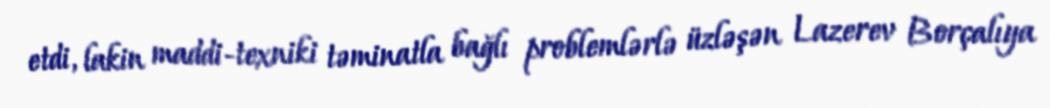
etdi, lakin maddi-texniki təminatla bağlı problemlərlə üzləşən Lazerev Borçalıya